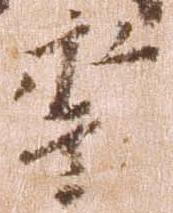
年